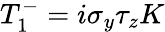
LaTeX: T_{1}^{-}=i\sigma_{y}\tau_{z}K